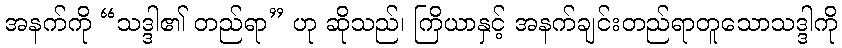
အနက်ကို “သဒ္ဒါ၏ တည်ရာ” ဟု ဆိုသည်၊ ကြိယာနှင့် အနက်ချင်းတည်ရာတူသောသဒ္ဒါကို